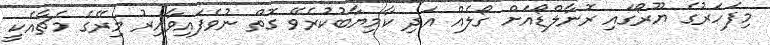
މިފަހަރުގެ ޔޫރޯގައި ރޮނާލްޑޯއަށް ގޯލެއް އަދި ކާމިޔާބުކުރެވޭ ގޮތް ނުވެފައިވާއިރު މިރޭގެ މެޗާއެކީ